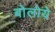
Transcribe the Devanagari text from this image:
बोलोये